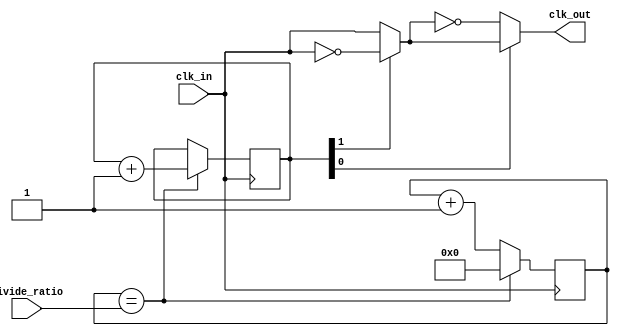
module fractional_clock_divider (
    input wire clk_in,
    input wire [7:0] divide_ratio,
    output wire clk_out
);

reg [7:0] counter;
reg [7:0] divisor;
reg [1:0] select;
wire sync_clk;

always @ (posedge clk_in) begin
    if (counter == divisor) begin
        counter <= 8'd0;
        select <= select + 1;
    end else begin
        counter <= counter + 1;
    end
end

assign divisor = divide_ratio;
assign sync_clk = select[1] ? ~clk_in : clk_in;
assign clk_out = select[0] ? sync_clk : ~sync_clk;

endmodule